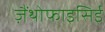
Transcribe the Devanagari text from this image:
ज़ैंथोफाइसिई